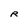
Character: R